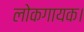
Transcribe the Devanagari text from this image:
लोकगायक।